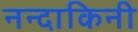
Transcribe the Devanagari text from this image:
नन्दाकिनी